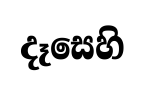
දෑසෙහි